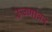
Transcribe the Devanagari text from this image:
रूग्णांवर